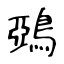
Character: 鵶